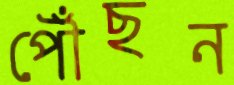
পৌঁছন